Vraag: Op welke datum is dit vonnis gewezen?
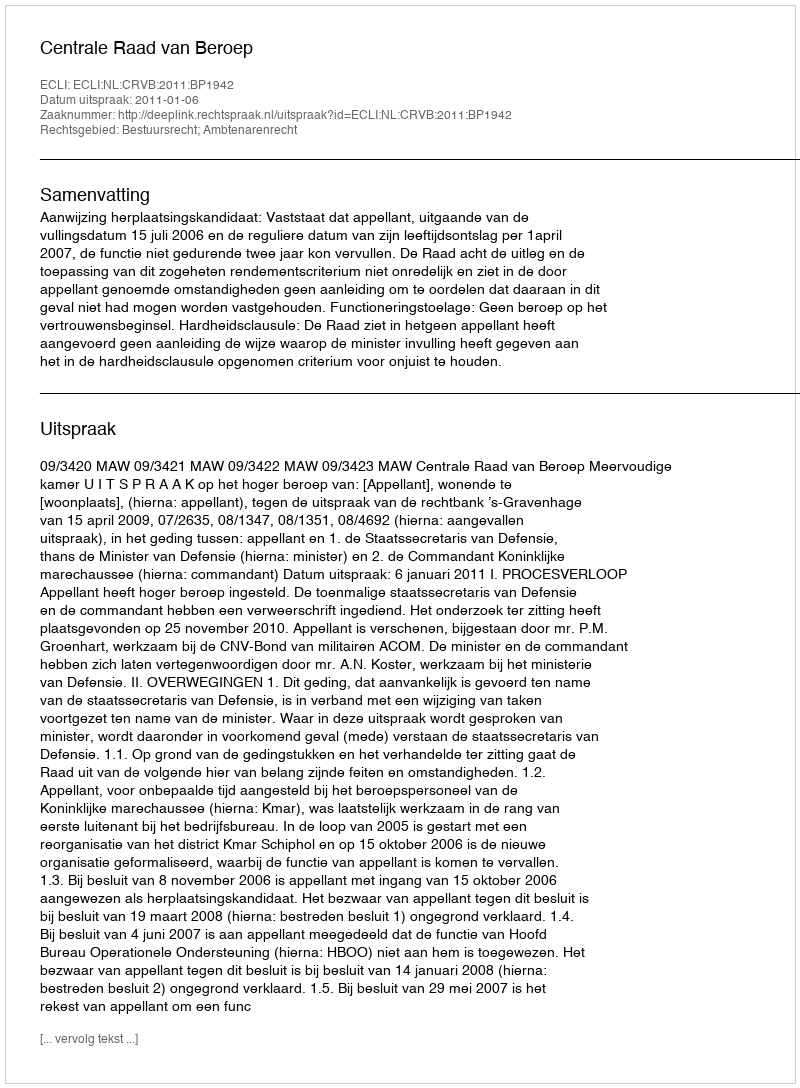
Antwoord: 2011-01-06